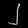
Digit: ၂